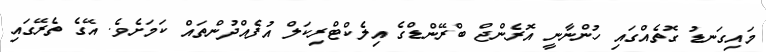
މައިގަނޑު ގޮތެއްގައި ހުންނާނީ އޮރެންޖް ބްރޭންޑްގެ އިލެކްޓްރިކަލް އުފެއްދުންތައް ކަމަށެވެ. އޭގެ ތެރޭގައި